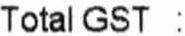
TOTAL GST :